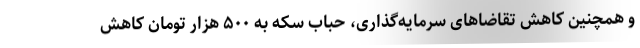
و همچنین کاهش تقاضاهای سرمایه‌گذاری، حباب سکه‌ به ۵۰۰ هزار تومان کاهش